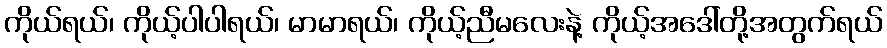
ကိုယ်ရယ်၊ ကိုယ့်ပါပါရယ်၊ မာမာရယ်၊ ကိုယ့်ညီမလေးနဲ့ ကိုယ့်အဒေါ်တို့အတွက်ရယ်